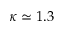
\kappa \simeq 1 . 3